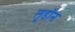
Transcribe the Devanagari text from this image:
लूडॉन